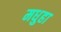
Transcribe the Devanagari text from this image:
मधुहा